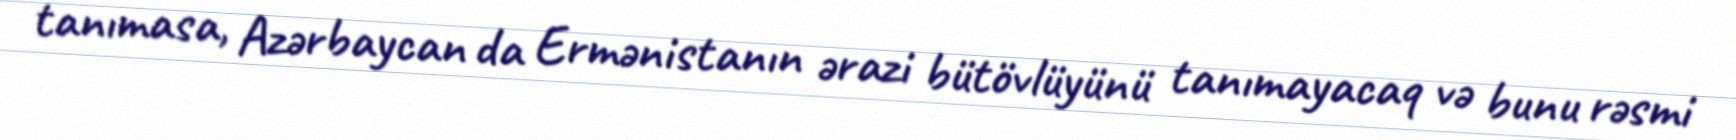
tanımasa, Azərbaycan da Ermənistanın ərazi bütövlüyünü tanımayacaq və bunu rəsmi